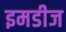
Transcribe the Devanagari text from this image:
इमडीज